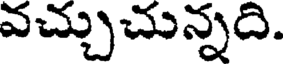
వచ్చుచున్నది.